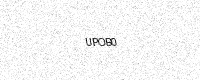
Text: UPOB0